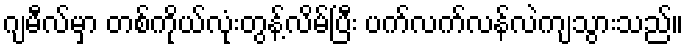
ဂျမီလ်မှာ တစ်ကိုယ်လုံးတွန့်လိမ်ပြီး ပက်လက်လန်လဲကျသွားသည်။